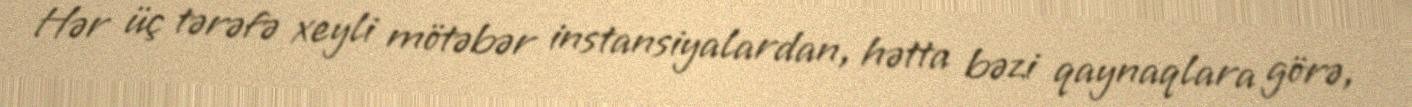
Hər üç tərəfə xeyli mötəbər instansiyalardan, hətta bəzi qaynaqlara görə,